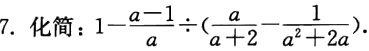
7. 化简：\(1 - \frac{a - 1}{a} \div (\frac{a}{a + 2} - \frac{1}{a^{2} + 2a})\)